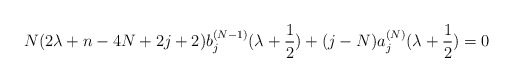
\begin{align*} N(2\lambda+n-4N+2j+2)b_j^{(N-1)}(\lambda+\frac{1}{2}) +(j-N)a_{j}^{(N)}(\lambda+\frac{1}{2})=0 \end{align*}